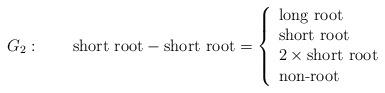
LaTeX: \begin{align*}G_2:\qquad \mbox{short root} - \mbox{short root}=\left\{ \begin{array}{l} \mbox{long root}\\ \mbox{short root}\\ 2\times \mbox{short root}\\ \mbox{non-root} \end{array} \right. \end{align*}